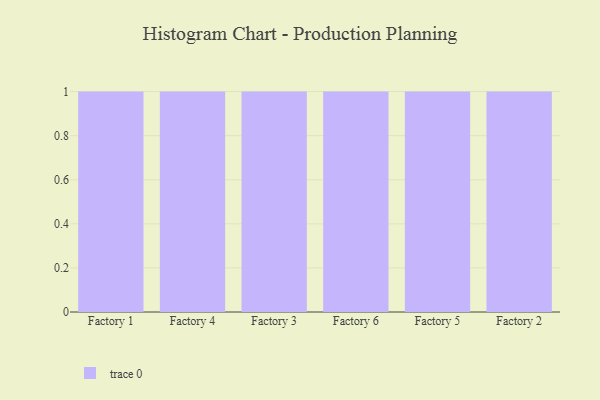
{"axis": {"x": "Factory", "y": "Active Users"}, "legend": [""], "data": [{"x": "Factory 1", "y": 24, "type": ""}, {"x": "Factory 4", "y": 3, "type": ""}, {"x": "Factory 3", "y": 11, "type": ""}, {"x": "Factory 6", "y": 79, "type": ""}, {"x": "Factory 5", "y": 45, "type": ""}, {"x": "Factory 2", "y": 25, "type": ""}]}